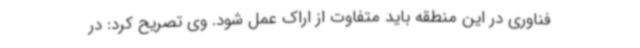
فناوری در این منطقه باید متفاوت از اراک عمل شود. وی تصریح کرد: در